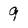
Character: 9